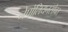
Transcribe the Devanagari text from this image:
नेपोलियनसोबत